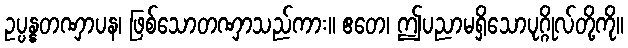
ဥပ္ပန္နတဏှာပန၊ ဖြစ်သောတဏှာသည်ကား။ ဧတေ၊ ဤပညာမရှိသောပုဂ္ဂိုလ်တို့ကို။